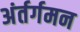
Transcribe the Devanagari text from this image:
अंर्तर्गमन